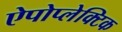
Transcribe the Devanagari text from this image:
ऐपोप्लेक्टिक